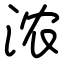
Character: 浓